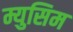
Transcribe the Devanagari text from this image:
म्युसिम